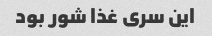
این سری غذا شور بود